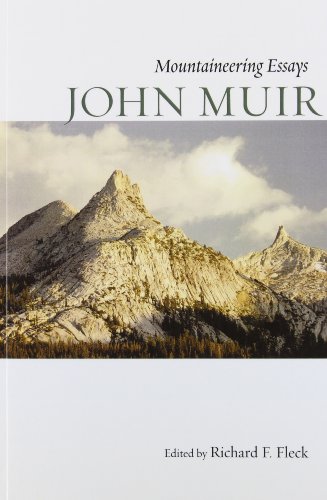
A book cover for Mountaineering Essays; John Muir; Science & Math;